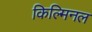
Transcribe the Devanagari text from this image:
किल्मिनल